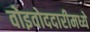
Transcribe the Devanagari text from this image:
वोइवोददारीमध्ये